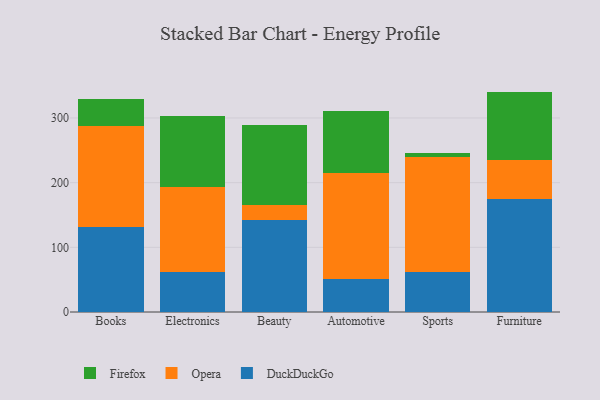
{"axis": {"x": "Category", "y": "Tickets Resolved"}, "legend": ["DuckDuckGo", "Firefox", "Opera"], "data": [{"x": "Books", "y": 130.8, "type": "DuckDuckGo"}, {"x": "Books", "y": 156.7, "type": "Opera"}, {"x": "Books", "y": 42.2, "type": "Firefox"}, {"x": "Electronics", "y": 61.8, "type": "DuckDuckGo"}, {"x": "Electronics", "y": 132.1, "type": "Opera"}, {"x": "Electronics", "y": 108.9, "type": "Firefox"}, {"x": "Beauty", "y": 142.4, "type": "DuckDuckGo"}, {"x": "Beauty", "y": 23.5, "type": "Opera"}, {"x": "Beauty", "y": 122.7, "type": "Firefox"}, {"x": "Automotive", "y": 51.1, "type": "DuckDuckGo"}, {"x": "Automotive", "y": 163.3, "type": "Opera"}, {"x": "Automotive", "y": 96.0, "type": "Firefox"}, {"x": "Sports", "y": 61.9, "type": "DuckDuckGo"}, {"x": "Sports", "y": 178.4, "type": "Opera"}, {"x": "Sports", "y": 5.1, "type": "Firefox"}, {"x": "Furniture", "y": 174.2, "type": "DuckDuckGo"}, {"x": "Furniture", "y": 61.6, "type": "Opera"}, {"x": "Furniture", "y": 105.0, "type": "Firefox"}]}